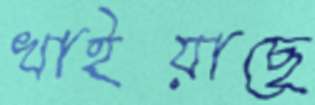
খাইয়াছে